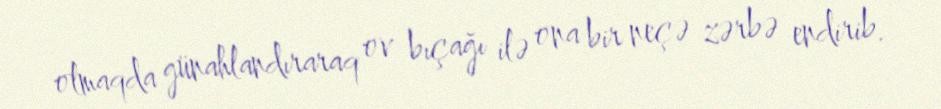
olmaqda günahlandıraraq ov bıçağı ilə ona bir neçə zərbə endirib.